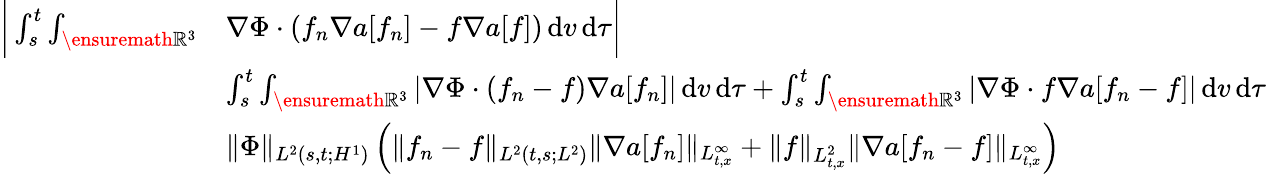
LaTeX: \begin{array}{rl}{\bigg|\int_{s}^{t}\int_{\ensuremath{{\mathbb R}}^{3}}}&{\nabla\Phi\cdot\left(f_{n}\nabla a[f_{n}]-f\nabla a[f]\right)\, \mathrm{d}v\, \mathrm{d}\tau\bigg|}\\ &{\le\int_{s}^{t}\int_{\ensuremath{{\mathbb R}}^{3}}\left\vert\nabla\Phi\cdot(f_{n}-f)\nabla a[f_{n}]\right\vert\, \mathrm{d}v\, \mathrm{d}\tau+\int_{s}^{t}\int_{\ensuremath{{\mathbb R}}^{3}}\left\vert\nabla\Phi\cdot f\nabla a[f_{n}-f]\right\vert\, \mathrm{d}v\, \mathrm{d}\tau}\\ &{\le\| \Phi\| _{L^{2}(s,t;H^{1})}\left(\| f_{n}-f\| _{L^{2}(t,s;L^{2})}\| \nabla a[f_{n}]\| _{L_{t,x}^{\infty}}+\| f\| _{L_{t,x}^{2}}\| \nabla a[f_{n}-f]\| _{L_{t,x}^{\infty}}\right)}\end{array}